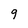
Character: 9